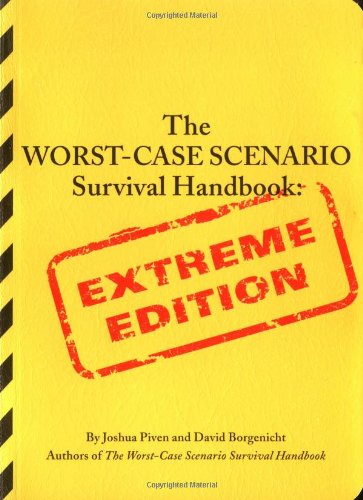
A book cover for The Worst-Case Scenario Survival Handbook: Extreme Edition; Joshua Piven; Reference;